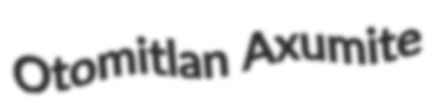
Otomitlan Axumite